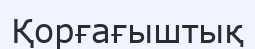
Қорғағыштық